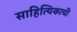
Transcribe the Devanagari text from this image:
साहित्यिकाची